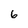
Character: 6